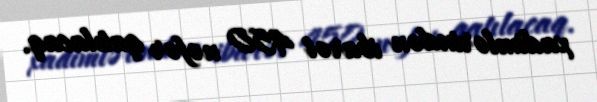
xadimlərindən ibarət 450 nəfər qatılacaq.